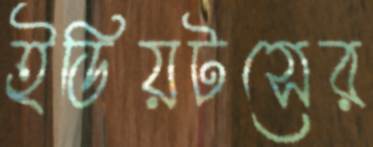
ইডিয়টসের